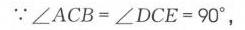
$\because\angle ACB=\angle DCE = 90^{\circ}$，